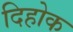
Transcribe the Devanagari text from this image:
दिहोक